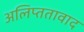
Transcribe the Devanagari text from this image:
अलिप्ततावाद